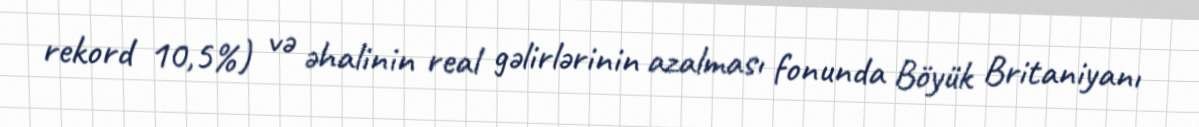
rekord 10,5%) və əhalinin real gəlirlərinin azalması fonunda Böyük Britaniyanı